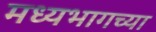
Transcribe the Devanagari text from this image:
मध्‍यभागच्या